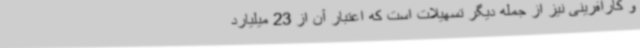
و کارآفرینی نیز از جمله دیگر تسهیلات است که اعتبار آن از 23 میلیارد